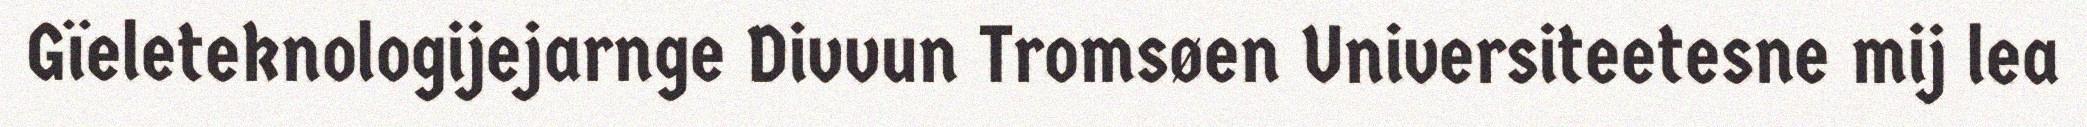
Gïeleteknologijejarnge Divvun Tromsøen Universiteetesne mij lea